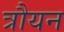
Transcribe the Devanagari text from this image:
त्रौयन